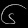
Digit: ၆